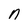
Character: n